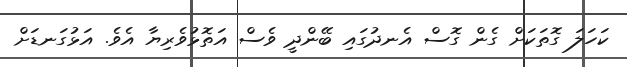
ކަހަލަ ގޮތަކަށް ގެން ގޮސް އެނދުގައި ބޭންދީ ވެސް އަތޮޅުވެރިޔާ އެވެ. އަޅުގަނޑަށް